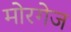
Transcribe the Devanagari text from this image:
मोरगेज